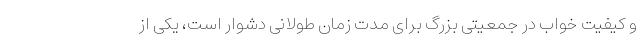
و کیفیت خواب در جمعیتی بزرگ برای مدت زمان طولانی دشوار است، یکی از